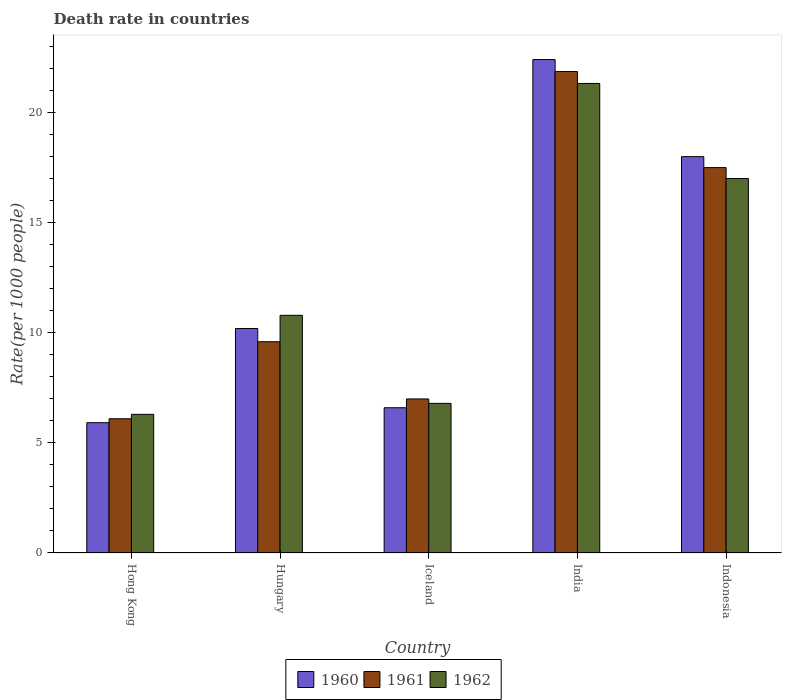
| Country | 1960 | 1961 | 1962 |
 | --- | --- | --- | --- |
 | Hong Kong | 5.92 | 6.1 | 6.3 |
 | Hungary | 10.2 | 9.6 | 10.8 |
 | Iceland | 6.6 | 7 | 6.8 |
 | India | 22.4 | 21.9 | 21.3 |
 | Indonesia | 18 | 17.5 | 17 |